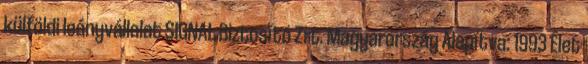
külföldi leányvállalat SIGNAL Biztosító Zrt. Magyarország Alapítva: 1993 Élet